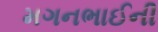
મગનભાઈની